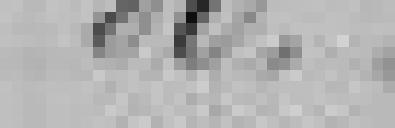
80